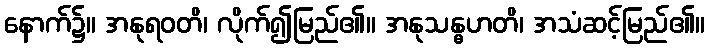
နောက်၌။ အနုရဝတိ၊ လိုက်၍မြည်၏။ အနုသန္ဓဟတိ၊ အသံဆင့်မြည်၏။